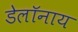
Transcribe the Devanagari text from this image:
डेलॉनाय